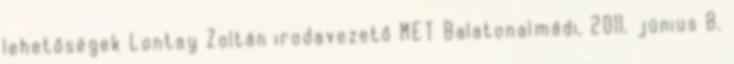
lehetőségek Lontay Zoltán irodavezető MET Balatonalmádi, 2011. június 8.